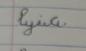
Signature authenticity: forged